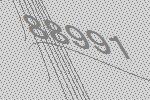
88991